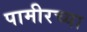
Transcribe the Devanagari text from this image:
पामीरच्या